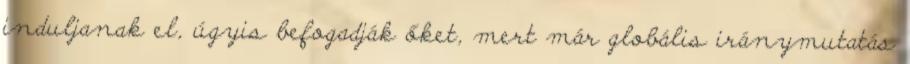
induljanak el, úgyis befogadják őket, mert már globális iránymutatás